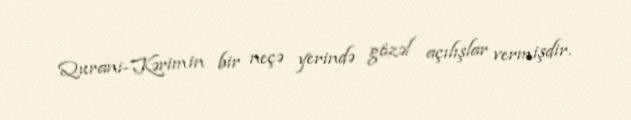
Qurani-Kərimin bir neçə yerində gözəl açılışlar vermişdir.